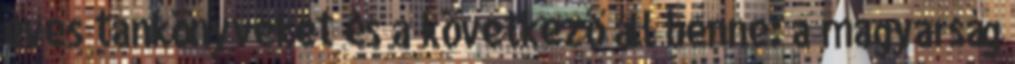
éves tankönyveket és a következő áll benne: a magyarság